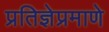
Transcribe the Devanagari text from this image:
प्रतिज्ञेप्रमाणे